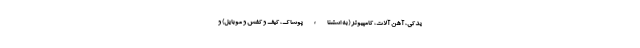
یدکی، آهن آلات، کامپیوتر (به استثناء پوشاک، کیف و کفش و موبایل) و